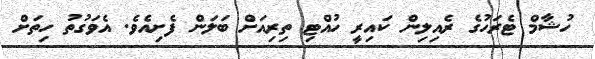
ހުޝާމް ޓެރަހުގެ ރެއިލިން ކައިރީ ހުއްޓި ތިރިއަށް ބަލަން ފެށިއެވެ. އެވަގުތު ހިތަށް